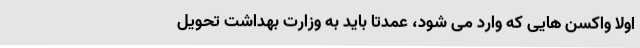
اولا واکسن‌ هایی که وارد می ‌شود، عمدتا باید به وزارت بهداشت تحویل